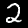
Label: 2